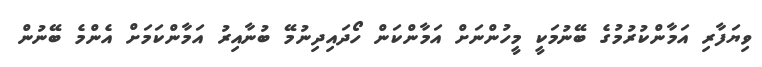
ވިޔަފާރި އަމާންކުރުމުގެ ބޭނުމަކީ މީހުންނަށް އަމާންކަން ހޯދައިދިނުމޭ ބުނާއިރު އަމާންކަމަށް އެންމެ ބޭނުން